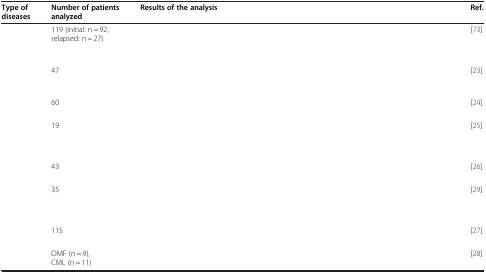
<table><thead><tr><td><b>Type of diseases</b></td><td><b>Number of patients analyzed</b></td><td><b>Results of the analysis</b></td><td><b>Ref.</b></td></tr></thead><tbody><tr><td>[EMPTY_CELL]</td><td>119 (initial: n = 92, relapsed: n = 27)</td><td>[EMPTY_CELL]</td><td>[73]</td></tr><tr><td>[EMPTY_CELL]</td><td>47</td><td>[EMPTY_CELL]</td><td>[23]</td></tr><tr><td>[EMPTY_CELL]</td><td>60</td><td>[EMPTY_CELL]</td><td>[24]</td></tr><tr><td>[EMPTY_CELL]</td><td>19</td><td>[EMPTY_CELL]</td><td>[25]</td></tr><tr><td>[EMPTY_CELL]</td><td>43</td><td>[EMPTY_CELL]</td><td>[26]</td></tr><tr><td>[EMPTY_CELL]</td><td>35</td><td>[EMPTY_CELL]</td><td>[29]</td></tr><tr><td>[EMPTY_CELL]</td><td>115</td><td>[EMPTY_CELL]</td><td>[27]</td></tr><tr><td>[EMPTY_CELL]</td><td>OMF (n = 9), CML (n = 11)</td><td>[EMPTY_CELL]</td><td>[28]</td></tr></tbody></table>